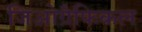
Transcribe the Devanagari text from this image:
जिओग्रैफिकल